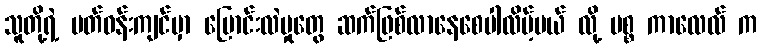
သူတို့ရဲ့ ပတ်ဝန်းကျင်မှာ ပြောင်းလဲမှုတွေ ဆက်ဖြစ်လာနေစေပါလိမ့်မယ် လို့ မစ္စ ကာလေလ် က